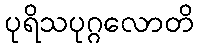
ပုရိသပုဂ္ဂလောတိ